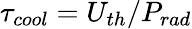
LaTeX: \tau_{cool}=U_{th}/P_{rad}